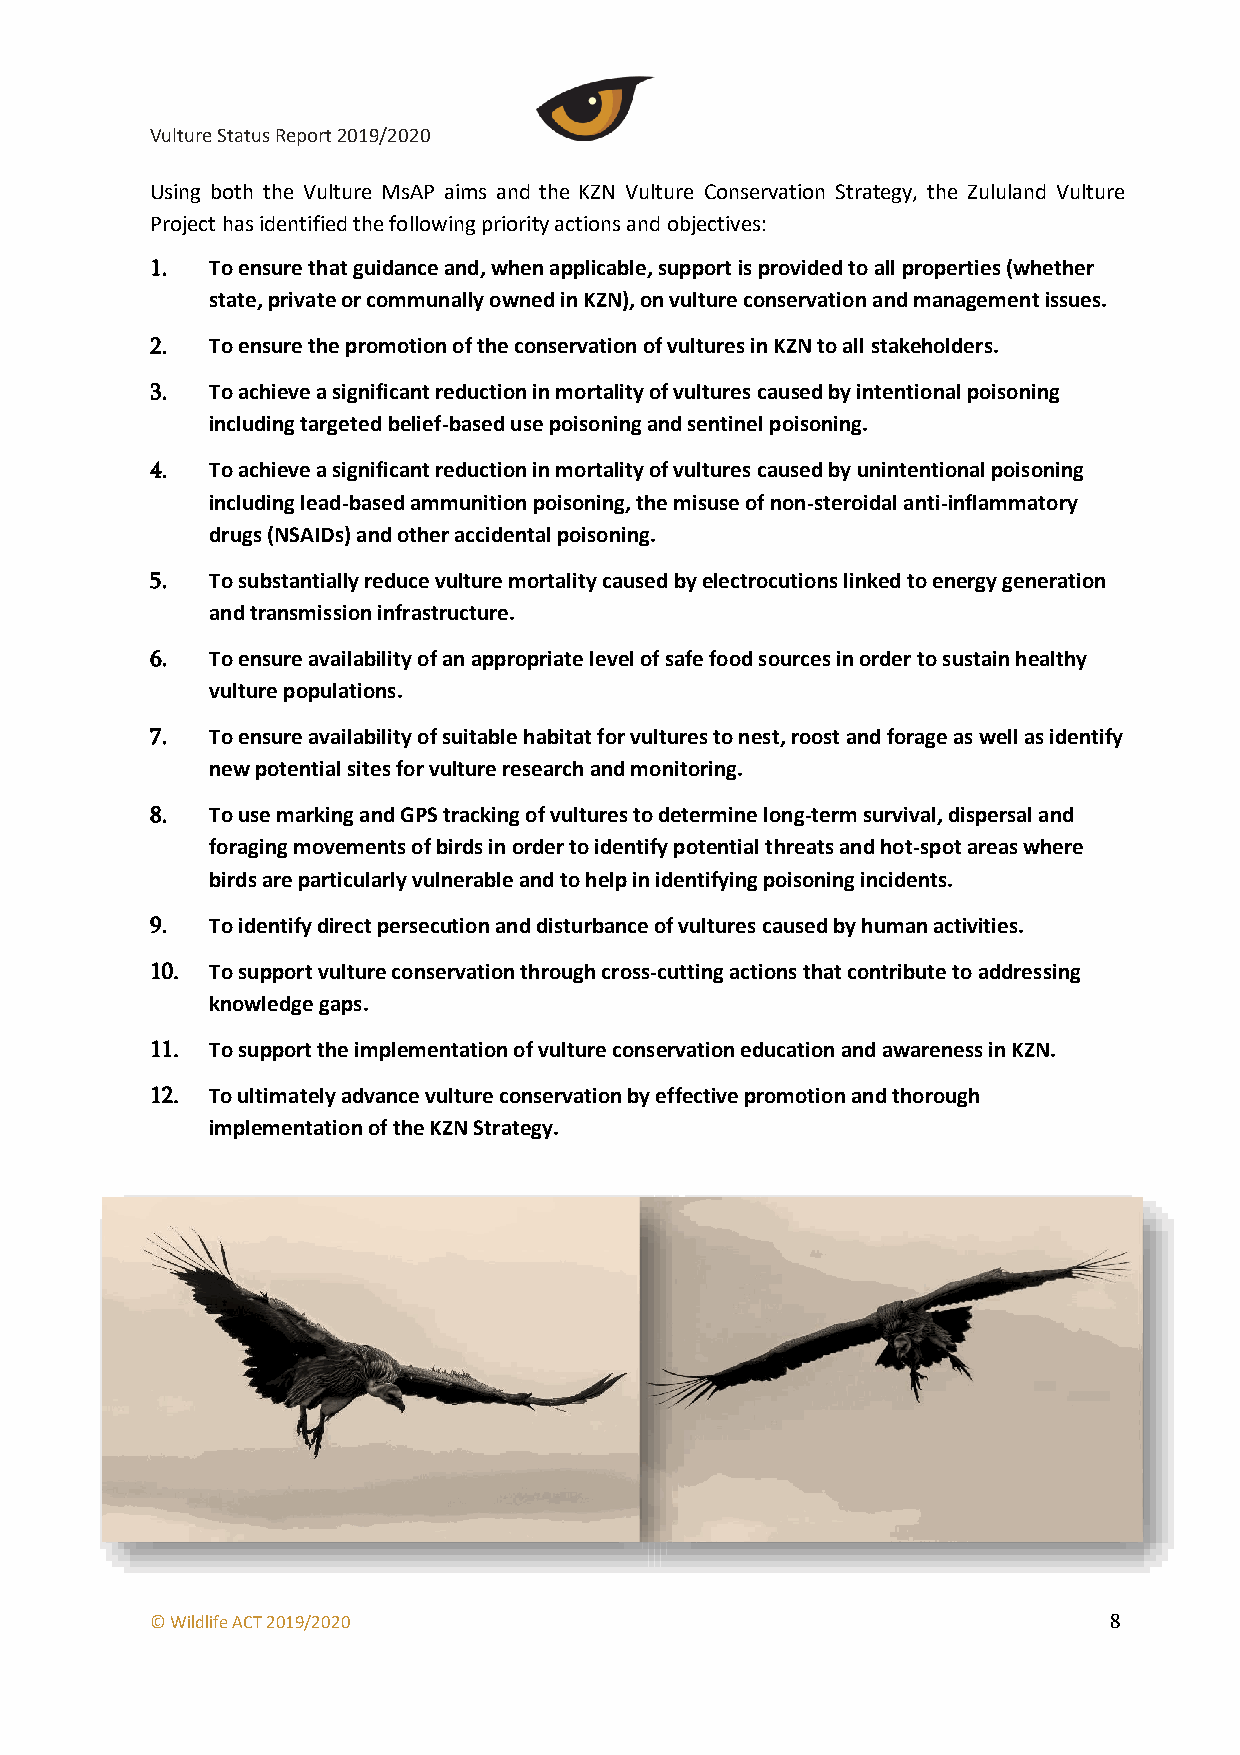
Vulture Status Report 2019/2020
 Using both the Vulture MsAP aims and the KZN Vulture Conservation Strategy, the Zululand Vulture
 Project has identified the following priority actions and objectives:
 1.  To ensure that guidance and, when applicable, support is provided to all properties (whether
 state, private or communally owned in KZN), on vulture conservation and management issues.
 2.  To ensure the promotion of the conservation of vultures in KZN to all stakeholders.
 3.  To achieve a significant reduction in mortality of vultures caused by intentional poisoning
 including targeted belief-based use poisoning and sentinel poisoning.
 4.  To achieve a significant reduction in mortality of vultures caused by unintentional poisoning
 including lead-based ammunition poisoning, the misuse of non-steroidal anti-inflammatory
 drugs (NSAIDs) and other accidental poisoning.
 5.  To substantially reduce vulture mortality caused by electrocutions linked to energy generation
 and transmission infrastructure.
 6.  To ensure availability of an appropriate level of safe food sources in order to sustain healthy
 vulture populations.
 7.  To ensure availability of suitable habitat for vultures to nest, roost and forage as well as identify
 new potential sites for vulture research and monitoring.
 8.  To use marking and GPS tracking of vultures to determine long-term survival, dispersal and
 foraging movements of birds in order to identify potential threats and hot-spot areas where
 birds are particularly vulnerable and to help in identifying poisoning incidents.
 9.  To identify direct persecution and disturbance of vultures caused by human activities.
 10. To support vulture conservation through cross-cutting actions that contribute to addressing
 knowledge gaps.
 11. To support the implementation of vulture conservation education and awareness in KZN.
 12. To ultimately advance vulture conservation by effective promotion and thorough
 implementation of the KZN Strategy.
 © Wildlife ACT 2019/2020                                       8